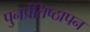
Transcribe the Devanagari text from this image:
पुनर्प्रतिष्ठापन